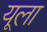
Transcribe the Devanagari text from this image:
यूला